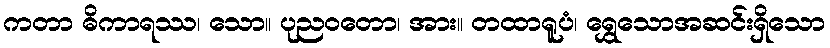
ကတာ ဓိကာရဿ၊ သော။ ပုညဝတော၊ အား။ တထာရူပံ၊ ရွှေသောအဆင်းရှိသော